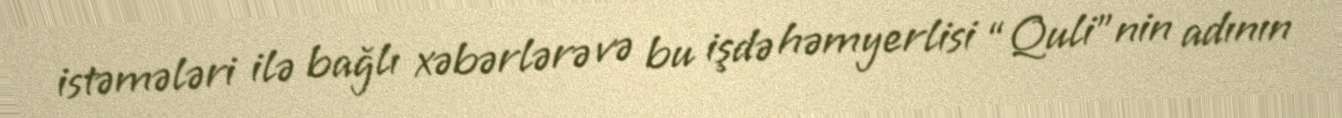
istəmələri ilə bağlı xəbərlərə və bu işdə həmyerlisi “Quli”nin adının